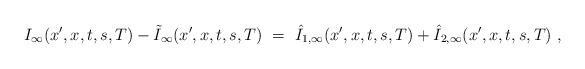
LaTeX: \begin{align*}I_\infty(x',x,t,s,T) -\tilde{I}_\infty(x',x,t,s,T) \ = \ \hat{I}_{1,\infty}(x',x,t,s,T)+\hat{I}_{2,\infty}(x',x,t,s,T) \ ,\end{align*}